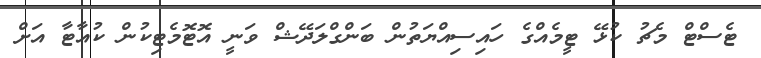
ޓެސްޓް މެޗު ކުޅޭ ޓީމެއްގެ ހައިސިއްޔަތުން ބަންގްލަދޭޝް ވަނީ އޮޓޮމެޓިކުން ކުއާޓާ އަށް